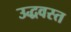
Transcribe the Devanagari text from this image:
उद्धवस्त